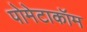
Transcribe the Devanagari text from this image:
पोमेटाकॉम